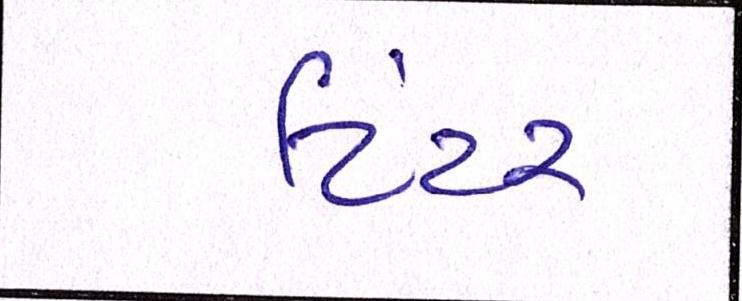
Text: ટિંટર